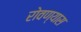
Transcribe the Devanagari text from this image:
रोवण्यास